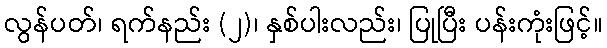
လွန်ပတ်၊ ရက်နည်း (၂)၊ နှစ်ပါးလည်း၊ ပြုပြီး ပန်းကုံးဖြင့်။